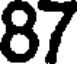
87